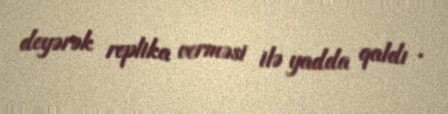
deyərək replika verməsi ilə yadda qaldı .